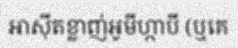
អាស៊ីតខ្លាញ់អូមីហ្កាបី (ឬគេ